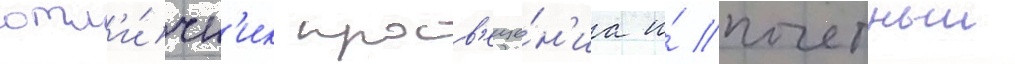
отл'и́чн'ик просв'еще́н'иа и́ почетныи